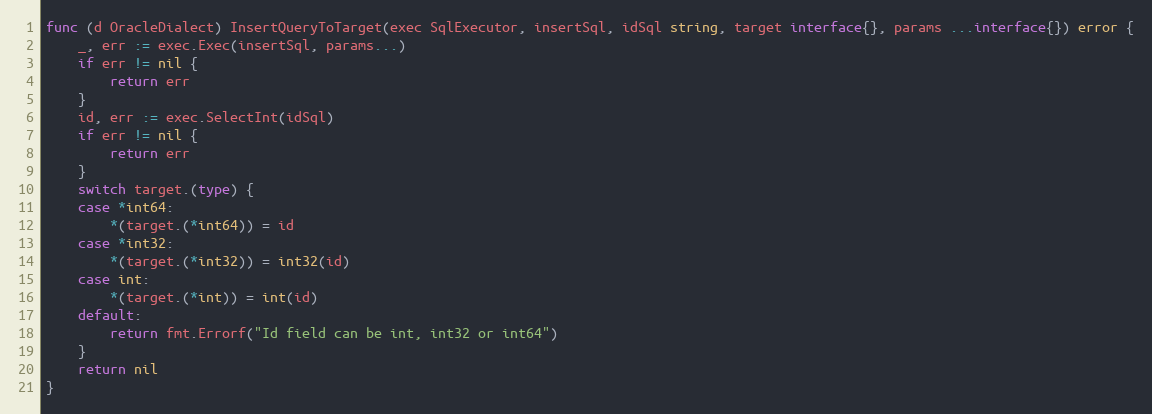
Language: Go
func (d OracleDialect) InsertQueryToTarget(exec SqlExecutor, insertSql, idSql string, target interface{}, params ...interface{}) error {
	_, err := exec.Exec(insertSql, params...)
	if err != nil {
		return err
	}
	id, err := exec.SelectInt(idSql)
	if err != nil {
		return err
	}
	switch target.(type) {
	case *int64:
		*(target.(*int64)) = id
	case *int32:
		*(target.(*int32)) = int32(id)
	case int:
		*(target.(*int)) = int(id)
	default:
		return fmt.Errorf("Id field can be int, int32 or int64")
	}
	return nil
}